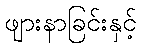
ဖျားနာခြင်းနှင့်